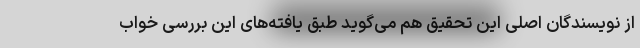
از نویسندگان اصلی این تحقیق هم می‌گوید طبق یافته‌های این بررسی خواب